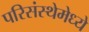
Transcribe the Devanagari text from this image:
परिसंस्थेमेध्ये